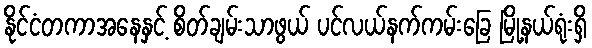
နိုင်ငံတကာအနေနှင့် စိတ်ချမ်းသာဖွယ် ပင်လယ်နက်ကမ်းခြေ မြို့နယ်ရုံးရှိ